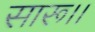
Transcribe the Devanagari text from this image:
सारू।।